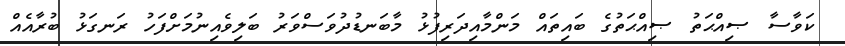
ކަވާސާ ޞިއްޙަތު ޞިއްޙަތުގެ ބައިތައް މަންމާއިދަރިފުޅު މާބަނޑުދުވަސްވަރު ބަލިވެއިނުމަށްފަހު ރަނގަޅު ބުރާއެއް